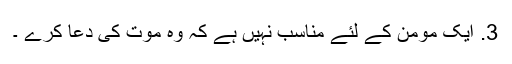
3. ایک مومن کے لئے مناسب نہیں ہے کہ وہ موت کی دعا کرے ۔